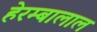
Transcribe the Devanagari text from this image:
हेरम्बालाल